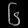
Digit: ၆